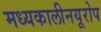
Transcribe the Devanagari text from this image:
मध्यकालीनयूरोप